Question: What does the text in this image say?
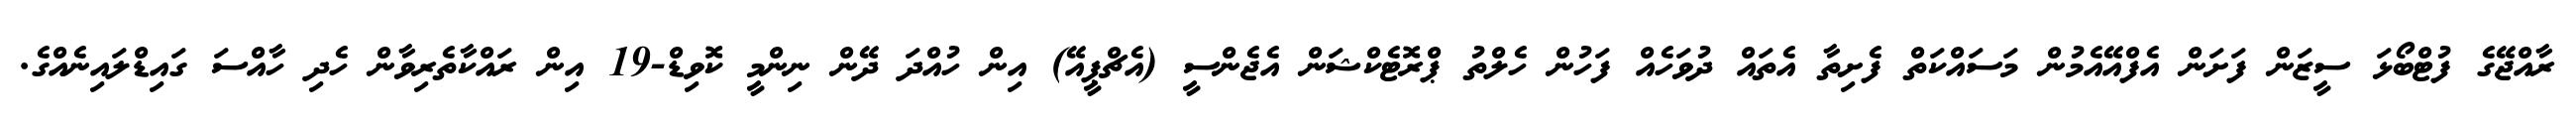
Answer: ރާއްޖޭގެ ފުޓްބޯޅަ ސީޒަން ފަށަން އެފްއޭއެމުން މަސައްކަތް ފެށިތާ އެތައް ދުވަހެއް ފަހުން ހެލްތު ޕްރޮޓެކްޝަން އެޖެންސީ (އެޗްޕީއޭ) އިން ހުއްދަ ދޭން ނިންމީ ކޮވިޑް-19 އިން ރައްކާތެރިވާން ހެދި ހާއްސަ ގައިޑްލައިނެއްގެ.